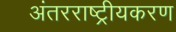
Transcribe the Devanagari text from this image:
अंतरराष्ट्रीयकरण